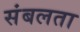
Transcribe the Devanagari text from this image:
संबलता